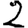
Digit: 2